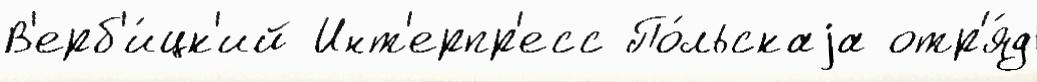
В'ерб'и́цк'ий Инт'ерпр'есс По́льскаjа отр'я́д